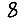
Digit: 8